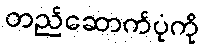
တည်ဆောက်ပုံကို